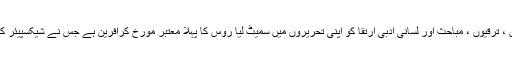
مگر وہ شخص جس نے اس دور کی تمام ترامنگوں ، ترقیوں ، مباحث اور لسانی ادبی ارتقا کو اپنی تحریروں میں سمیٹ لیا روس کا پہلا معتبر مورخ کرافرین ہے جس نے شیکسپیئر کے لفظ بہ لفظ ترجمے سے ادبی زندگی شروع کی۔